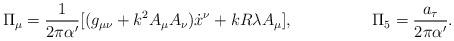
LaTeX: \begin{align*}\Pi_\mu = \frac{1}{2\pi \alpha^\prime}[(g_{\mu \nu} + k^2 A_\mu A_\nu) {\dot{x}}^\nu + kR\lambda A_\mu],\hspace{20mm} \Pi_5 = \frac{a_\tau}{2\pi {\alpha^\prime}} .\end{align*}